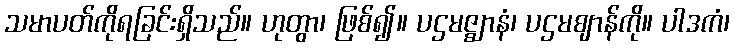
သမာပတ်ကိုရခြင်းရှိသည်။ ဟုတွာ၊ ဖြစ်၍။ ပဌမဇ္ဈာနံ၊ ပဌမဈာန်ကို။ ပါဒကံ၊